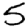
Digit: 5